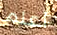
أعلم